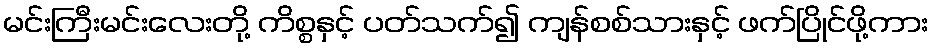
မင်းကြီးမင်းလေးတို့ ကိစ္စနှင့် ပတ်သက်၍ ကျန်စစ်သားနှင့် ဖက်ပြိုင်ဖို့ကား